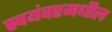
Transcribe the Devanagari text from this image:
स्वयंवरमधील